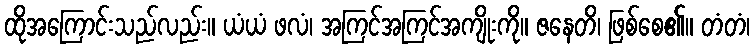
ထိုအကြောင်းသည်လည်း။ ယံယံ ဖလံ၊ အကြင်အကြင်အကျိုးကို။ ဇနေတိ၊ ဖြစ်စေ၏။ တံတံ၊